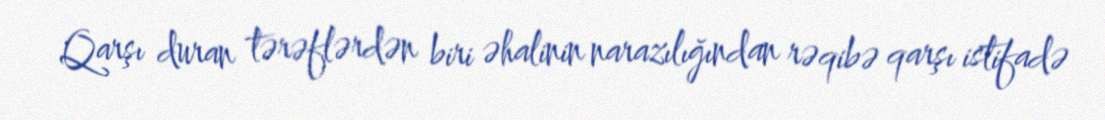
Qarşı duran tərəflərdən biri əhalinin narazılığından rəqibə qarşı istifadə